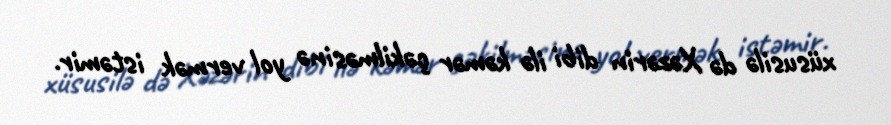
xüsusilə də Xəzərin dibi ilə kəmər çəkilməsinə yol vermək istəmir.